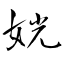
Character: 姯